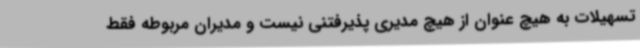
تسهیلات به هیچ عنوان از هیچ مدیری پذیرفتنی نیست و مدیران مربوطه فقط